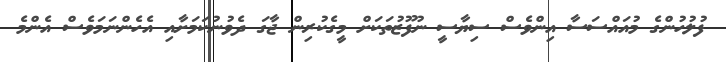
ފުލުހުންގެ މުއައްސަސާ އިންވެސް ސިޔާސީ ނުފޫޒުތަކަށް މީގެކުރިން ޖާގަ ދެވުނުކަމަށާއި އެހެންނަމަވެސް އެންމެ